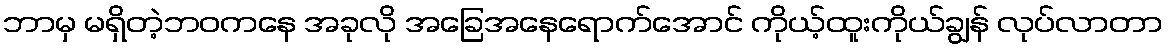
ဘာမှ မရှိတဲ့ဘဝကနေ အခုလို အခြေအနေရောက်အောင် ကိုယ့်ထူးကိုယ်ချွန် လုပ်လာတာ